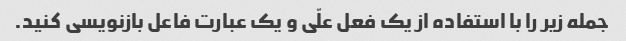
جمله زیر را با استفاده از یک فعل علّی و یک عبارت فاعل بازنویسی کنید.